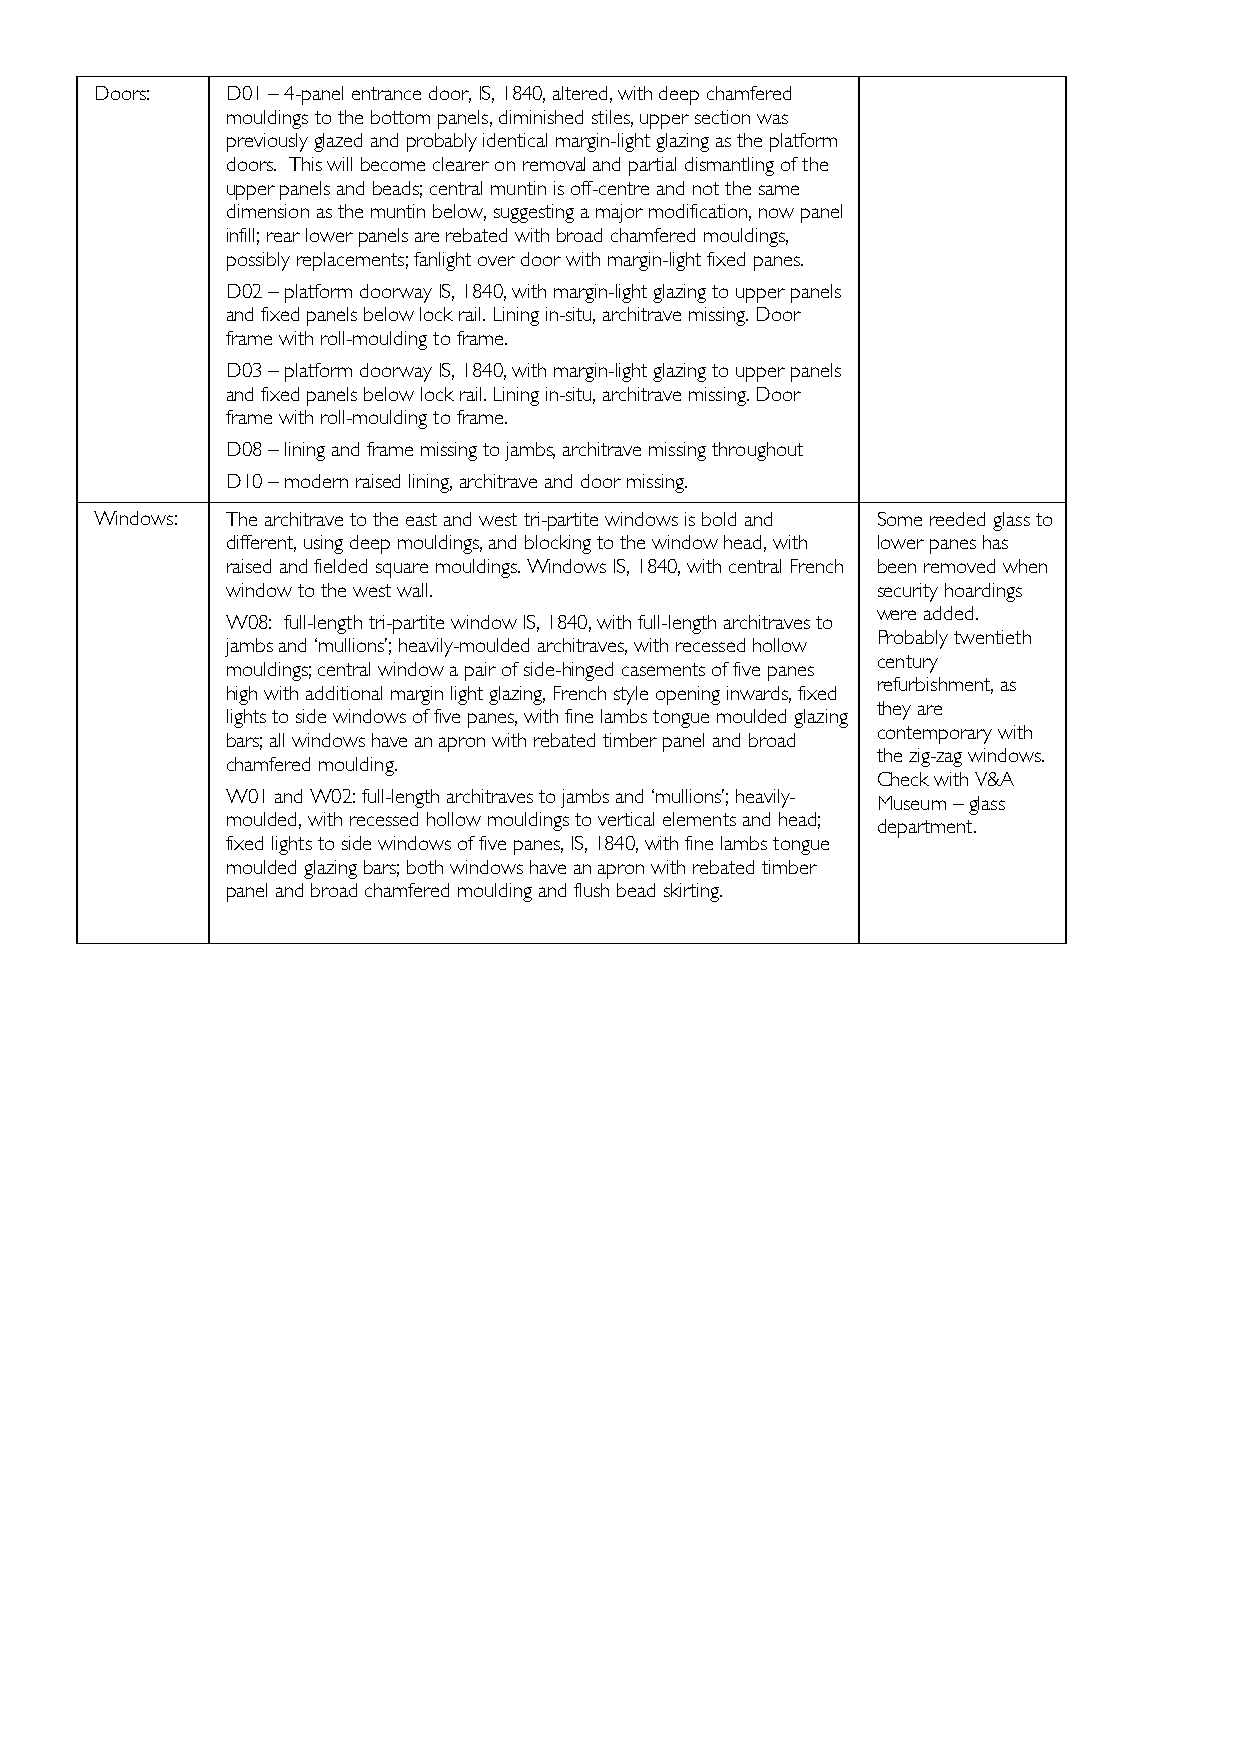
Doors:   D01 – 4-panel entrance door, IS, 1840, altered, with deep chamfered
 mouldings to the bottom panels, diminished stiles, upper section was
 previously glazed and probably identical margin-light glazing as the platform
 doors. This will become clearer on removal and partial dismantling of the
 upper panels and beads; central muntin is off-centre and not the same
 dimension as the muntin below, suggesting a major modification, now panel
 infill; rear lower panels are rebated with broad chamfered mouldings,
 possibly replacements; fanlight over door with margin-light fixed panes.
 D02 – platform doorway IS, 1840, with margin-light glazing to upper panels
 and fixed panels below lock rail. Lining in-situ, architrave missing. Door
 frame with roll-moulding to frame.
 D03 – platform doorway IS, 1840, with margin-light glazing to upper panels
 and fixed panels below lock rail. Lining in-situ, architrave missing. Door
 frame with roll-moulding to frame.
 D08 – lining and frame missing to jambs, architrave missing throughout
 D10 – modern raised lining, architrave and door missing.
 Windows: The architrave to the east and west tri-partite windows is bold and Some reeded glass to
 different, using deep mouldings, and blocking to the window head, with lower panes has
 raised and fielded square mouldings. Windows IS, 1840, with central French been removed when
 window to the west wall.                   security hoardings
 were added.
 W08: full-length tri-partite window IS, 1840, with full-length architraves to
 Probably twentieth
 jambs and ‘mullions’; heavily-moulded architraves, with recessed hollow
 century
 mouldings; central window a pair of side-hinged casements of five panes
 refurbishment, as
 high with additional margin light glazing, French style opening inwards, fixed
 they are
 lights to side windows of five panes, with fine lambs tongue moulded glazing
 contemporary with
 bars; all windows have an apron with rebated timber panel and broad
 the zig-zag windows.
 chamfered moulding.
 Check with V&A
 W01 and W02: full-length architraves to jambs and ‘mullions’; heavily-
 Museum – glass
 moulded, with recessed hollow mouldings to vertical elements and head;
 department.
 fixed lights to side windows of five panes, IS, 1840, with fine lambs tongue
 moulded glazing bars; both windows have an apron with rebated timber
 panel and broad chamfered moulding and flush bead skirting.